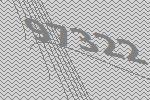
97322